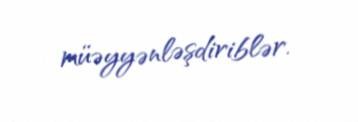
müəyyənləşdiriblər.